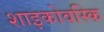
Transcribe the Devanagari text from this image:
शाइकोवस्कि